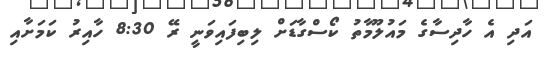
އަދި އެ ހާދިސާގެ މައުލޫމާތު ކޯސްގާޑަށް ލިބިފައިވަނީ ރޭ 8:30 ހާއިރު ކަމަށާއި